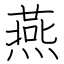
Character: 燕